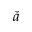
\check { a }